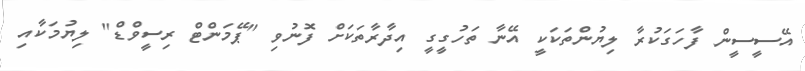
އޭސީސީން ފާހަގަކުރާ ލިޔުންތަކަކީ އޭނާ ތަހުގީގީ އިދާރާތަކަށް ފޮނުވި "ޕޭމަންޓް ރިސީވްޑް" ލިޔުމަކާއި